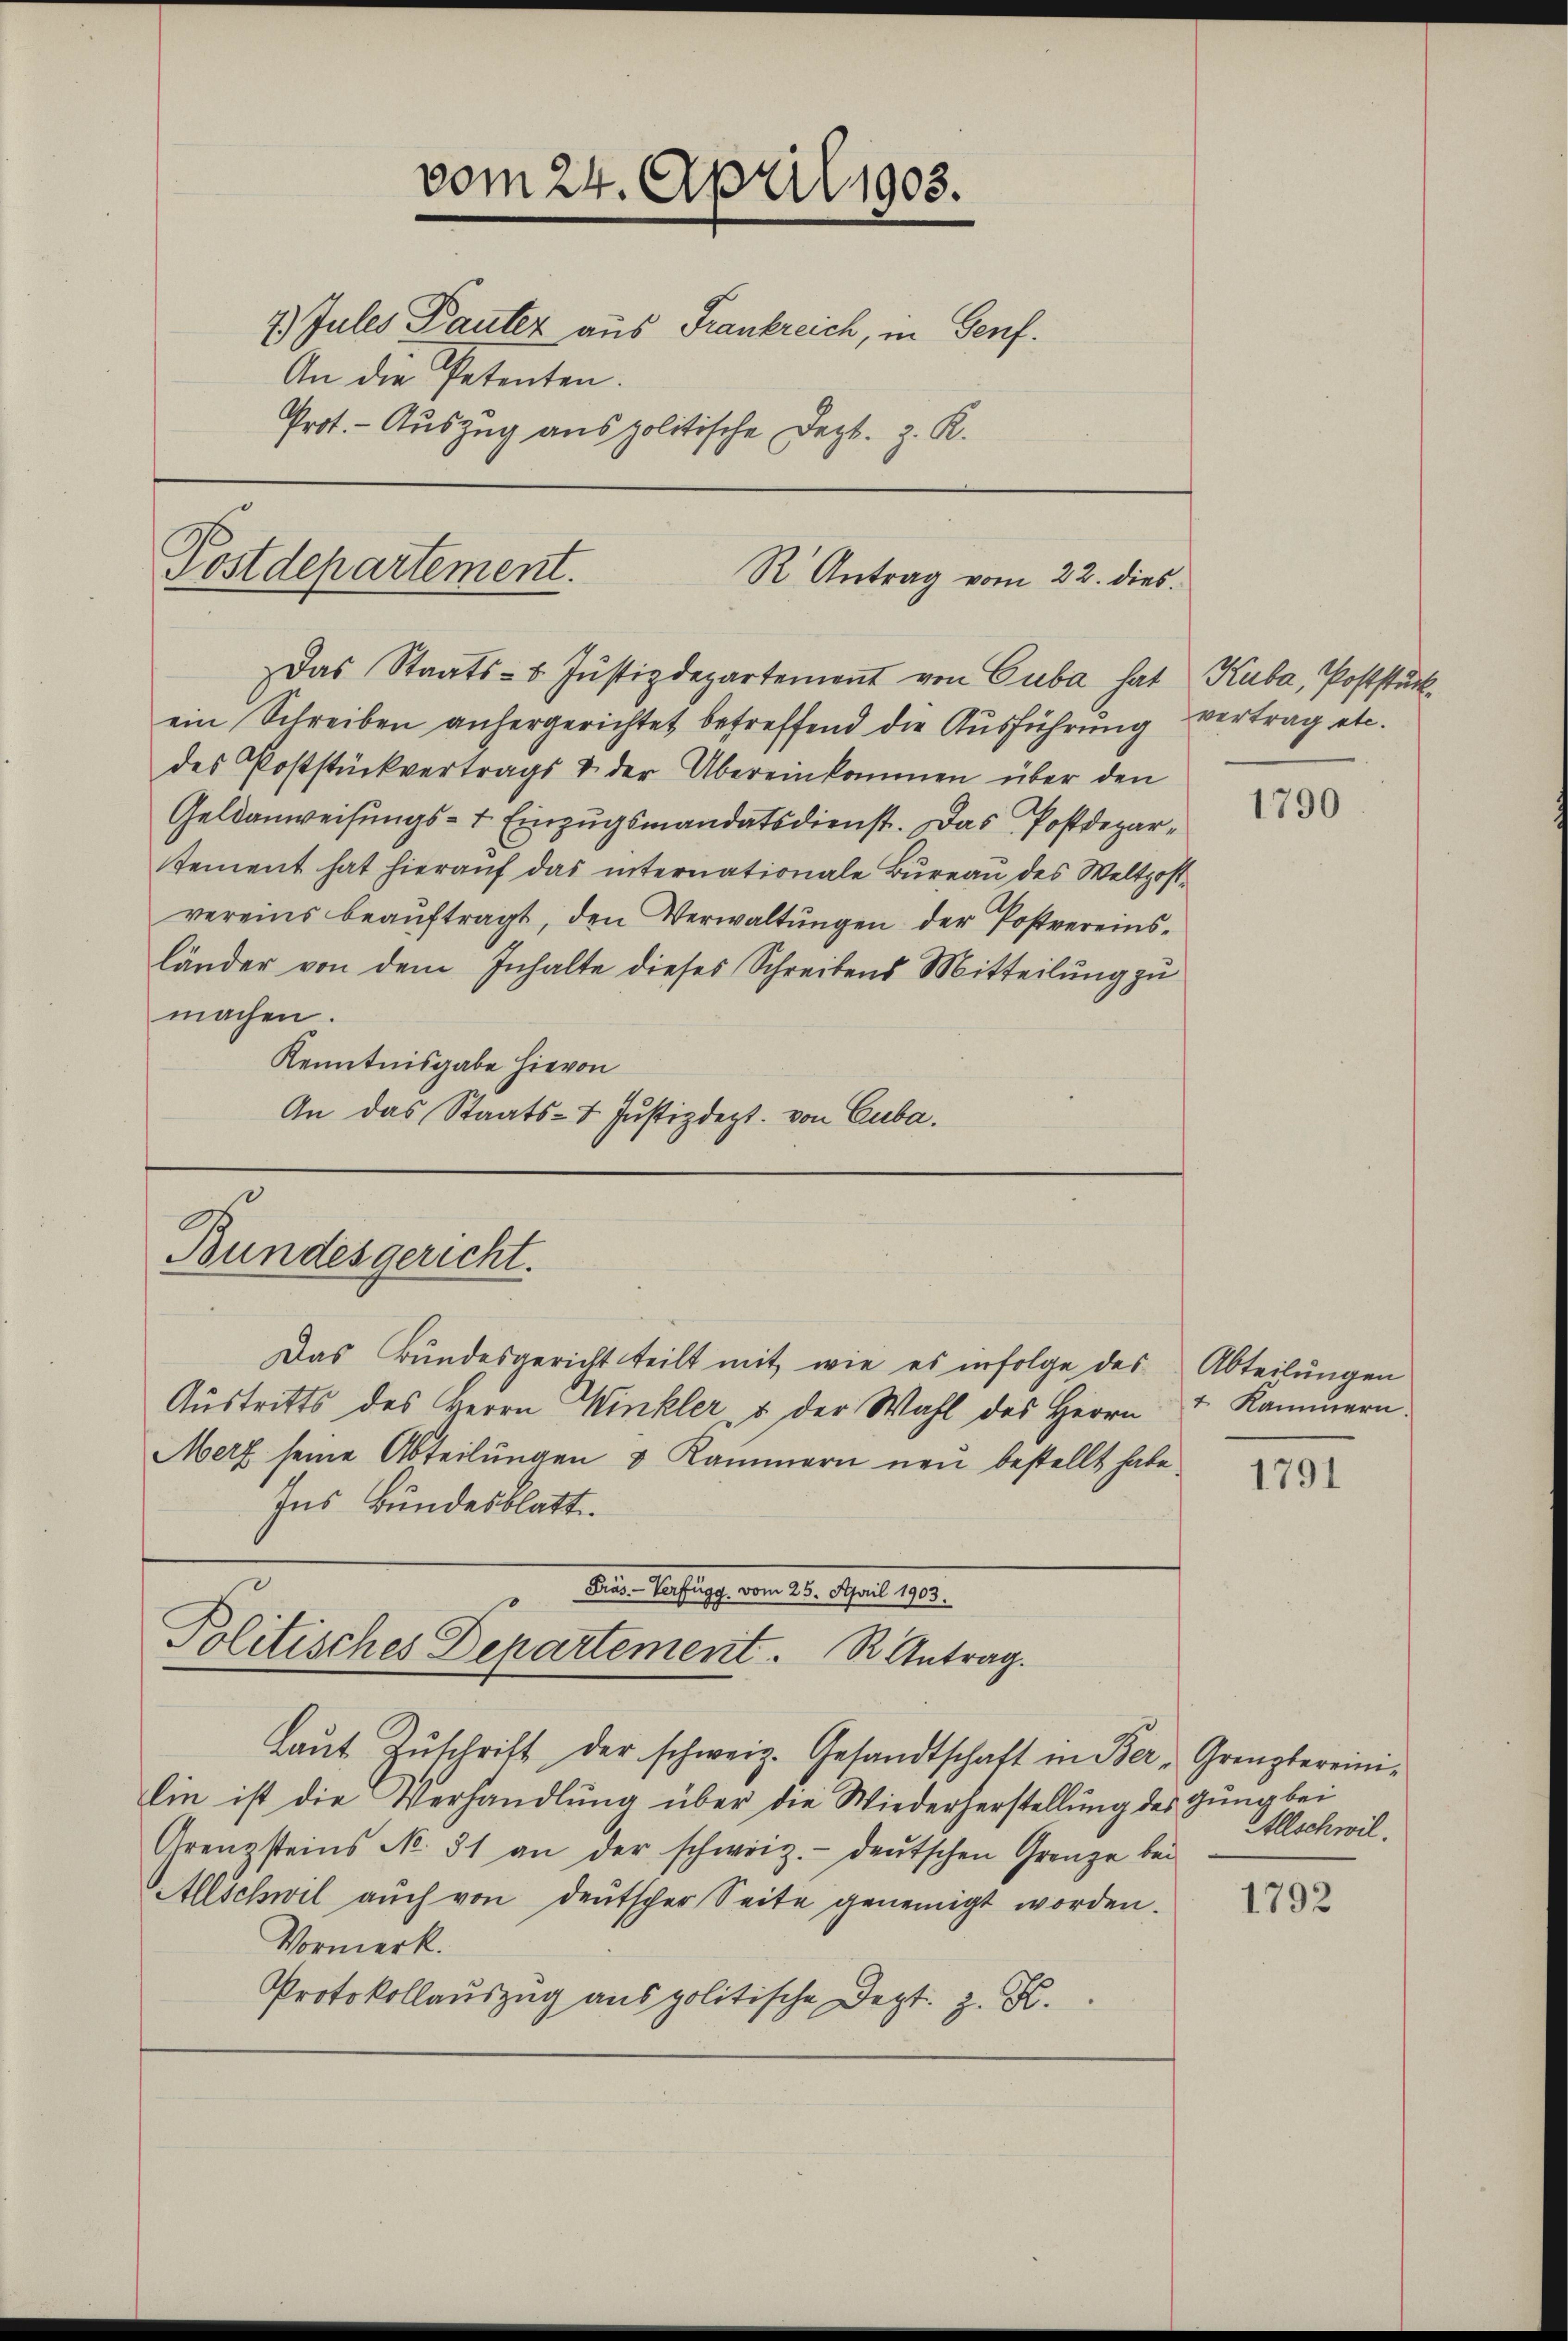
vom 24. April 1903.
7) Jules Pauter aus Frankreich, in Genf.
An die Petenten.
Prot. - Auszug aus politische Dept. z. K.

Postdepartement.
R. Antrag vom 22. dies
Das Staats- u. Jŭstizdepartement von Cuba hat

ein Schreiben anhergerichtet betreffend die Ausführung vertrag etc.
des Poststückvertrags & der Übereinkommen über den
Geldanweisungs- & Einzugsmandatsdienst. Das Postdepartement hat hierauf das internationale Bureau des Weltzostvereins beaŭftragt, den Verwaltungen der Postvereinsländer von dem Inhalte dieses Schreibens Mitteilung zu
machen.
Kenntnisgabe hievon
An das Staats- 1. Justizdept. von Cuba.

Bundesgericht.

Politisches Departement. R. Antrag.

Das Bundesgericht teilt mit wie es infolge des
Austritts des Herrn Winkler, & der Wahl des Herrn
Merz seine Abteilungen & Kammern neu bestellt habe.
Ins Bundesblatt
Dies Verfügg vom 25. April 1903.
Laŭt Zŭschrift der schweiz. Gesandtschaft in Ber, Grenzbereini-
lin ist die Verhandlung über die Wiederherstellung des Gung bei
Grenzsteins No. 31 an der schweiz.- deŭtschen Grenze bei
Allschwil auch von deutscher Seite geneinigt worden.
Vormerk.
Protokollauszug aus politische Dept. z. B.

Kuba, Poststück.

1790

Abteilungen
1. Kammern.

1791

Allschwil.

1792